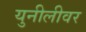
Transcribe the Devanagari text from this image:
युनीलीवर